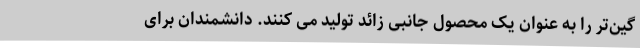
گین‌تر را به عنوان یک محصول جانبی زائد تولید می کنند. دانشمندان برای